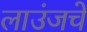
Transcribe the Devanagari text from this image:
लाउंजचे